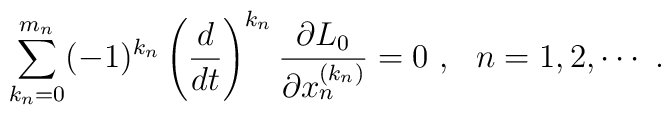
\sum_{k_n=0}^{m_n}(-1)^{k_n}\left(\frac{d}{dt}\right)^{k_n}\frac{\partial L_0}{\partial x_n^{(k_n)}}=0\ ,\ \ n=1,2,\cdots\ .